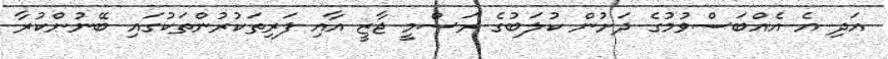
އަދި އެ އެއްބަސްވުމުގެ ދަށުން ކުލަބުގެ ރަސްމީ ޖާޒީ އާއި ފަރިތަކުރުންތަކުގައި ބޭނުންކުރާ